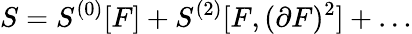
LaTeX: S=S^{(0)}[F]+S^{(2)}[F,(\partial F)^{2}]+\dots